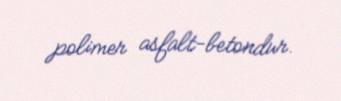
polimer asfalt-betondur.